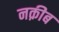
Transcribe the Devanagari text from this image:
नक़ीब